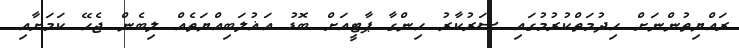
ރައްޔިތުންނަށް ހިދުމަތްކުރުމުގައި ސަރުކާރު ހިންގާ ޕާޓީއަށް ބޮޑު އަޣުލަބިއްޔަތެއް ލިބެން ޖެހޭ ކަމަށާއި